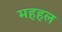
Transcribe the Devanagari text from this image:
महहल